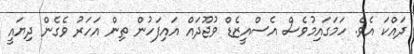
ދައްކަ އެވެ. ހަމަގައިމުވެސް އެސްއީޒެޑް ވުޖޫދައް އައިފަހުން ތިން އަހަރު ވެގެން ދިޔައީ